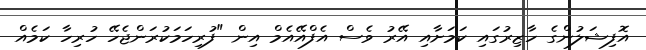
އޮފިޝަލުންގެ ހާޒިރުގައި ކަމަށާއި އޭރު ވެސް އެފްއޭއެމް އިން "ފުރިހަމަކުރަންޖެހޭ ހުރިހާ ކަމެއް